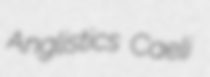
Anglistics Caeli